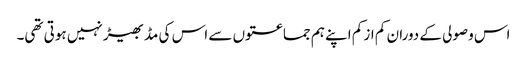
اس وصولی کے دوران کم از کم اپنے ہم جماعتوں سے اس کی مڈبھیڑ نہیں ہوتی تھی۔